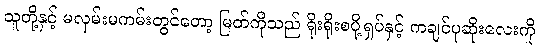
သူတို့နှင့် မလှမ်းမကမ်းတွင်တော့ မြတ်ကိုသည် ရိုးရိုးစပို့ရှပ်နှင့် ကချင်ပုဆိုးလေးကို